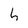
Character: h